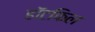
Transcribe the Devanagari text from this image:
हॉटफिल